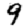
Digit: 9